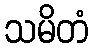
သမိတံ